Medical and sanitary report on the native army of Bombay for the year
Year: 1879
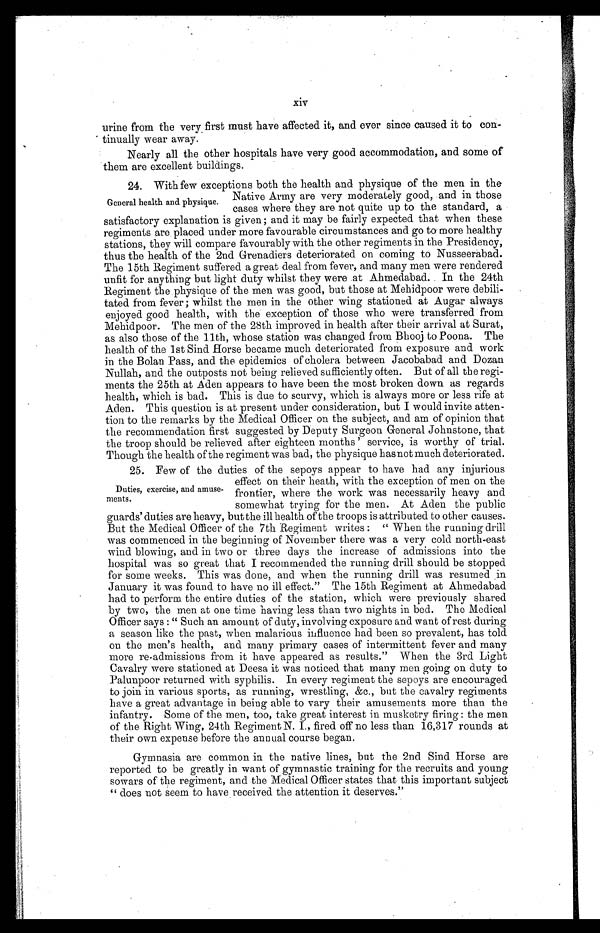
xiv
urine from the very first must have affected it, and ever since caused it to con-
- tinually wear away.
Nearly all the other hospitals have very good accommodation, and some of
them are excellent buildings.
24. With few exceptions both the health and physique of the men in the
Native Army are very moderately good, and in those
cases where they are not quite up to the standard, a
satisfactory explanation is given; and it may be fairly expected that when these
regiments are placed under more favourable circumstances and go to more healthy
stations, they will compare favourably with the other regiments in the Presidency,
thus the health of the 2nd Grenadiers deteriorated on coming to Nusseerabad.
The 15th Regiment suffered a great deal from fever, and many men were rendered
unfit for anything but light duty whilst they were at Ahmedabad. In the 24th
Regiment the physique of the men was good, but those at Mehidpoor were debili-
tated from fever; whilst the men in the other wing stationed at Augar always
enjoyed good health, with the exception of those who were transferred from
Mehidpoor. The men of the 28th improved in health after their arrival at Surat,
as also those of the 11th, whose station was changed from Bhooj to Poona. The
health of the 1st Sind Horse became much deteriorated from exposure and work
in the Bolan Pass, and the epidemics of cholera between Jacobabad and Dozan
Nullah, and the outposts not being relieved sufficiently often. But of all the regi-
ments the 25th at Aden appears to have been the most broken down as regards
health, which is bad. This is due to scurvy, which is always more or less rife at
Aden. This question is at present under consideration, but I would invite atten-
tion to the remarks by the Medical Officer on the subject, and am of opinion that
the recommendation first suggested by Deputy Surgeon General Johnstone, that
the troop should be relieved after eighteen months' service, is worthy of trial.
Though the health of the regiment was bad, the physique has not much deteriorated.
25. Few of the duties of the sepoys appear to have had any injurious
effect on their heath, with the exception of men on the
frontier, where the work was necessarily heavy and
somewhat trying for the men. At Aden the public
guards' duties are heavy, but the ill health of the troops is attributed to other causes.
But the Medical Officer of the 7th Regiment writes: "When the running drill
was commenced in the beginning of November there was a very cold north-east
wind blowing, and in two or three days the increase of admissions into the
hospital was so great that I recommended the running drill should be stopped
for some weeks. This was done, and when the running drill was resumed in
January it was found to have no ill effect." The 15th Regiment at Ahmedabad
had to perform the entire duties of the station, which were previously shared
by two, the men at one time having less than two nights in bed. The Medical
Officer says : "Such an amount of duty, involving exposure and want of rest during
a season like the past, when malarious influence had been so prevalent, has told
on the men's health, and many primary cases of intermittent fever and many
more re-admissions from it have appeared as results." When the 3rd Light
Cavalry were stationed at Deesa it was noticed that many men going on duty to
Palunpoor returned with syphilis. In every regiment the sepoys are encouraged
to join in various sports, as running, wrestling, &c., but the cavalry regiments
have a great advantage in being able to vary their amusements more than the
infantry. Some of the men, too, take great interest in musketry firing: the men
of the Right Wing, 24th Regiment N. I., fired off no less than 16,317 rounds at
their own expense before the annual course began.
Gymnasia are common in the native lines, but the 2nd Sind Horse are
reported to be greatly in want of gymnastic training for the recruits and young
sowars of the regiment, and the Medical Officer states that this important subject
" d o e s n o t s e e m t o h a v e r e c e i v e d t h e a t t e n t i o n i t d e s e r v e s . "
General health and physique.
Duties, exercise, and amuse-
ments.